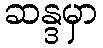
ဆန္ဒမှာ